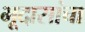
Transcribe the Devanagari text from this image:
भूदासांचा